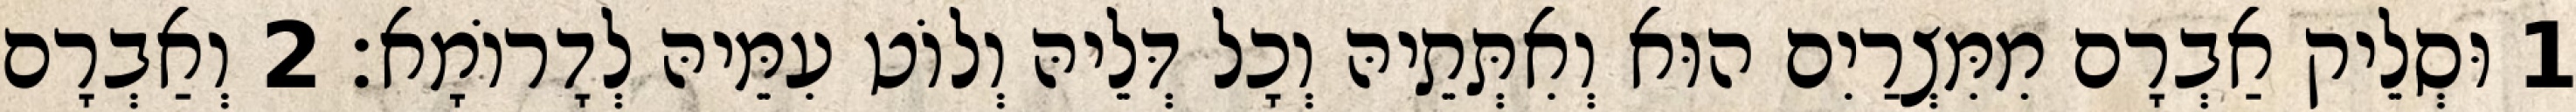
1 וּסְלֵיק אַבְרָם מִמִּצְרַיִם הוּא וְאִתְּתֵיהּ וְכָל דְּלֵיהּ וְלוֹט עִמֵּיהּ לְדָרוֹמָא׃ 2 וְאַבְרָם